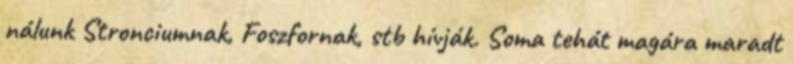
nálunk Stronciumnak, Foszfornak, stb hívják. Soma tehát magára maradt